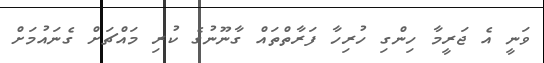
ވަނީ އެ ޖަރީމާ ހިންގި ހުރިހާ ފަރާތްތައް ގާނޫނުގެ ކުރި މައްޗަށް ގެނައުމަށް